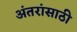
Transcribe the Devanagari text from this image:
अंतरांसाठी